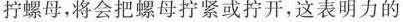
拧螺母，将会把螺母拧紧或拧开，这表明力的